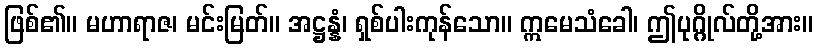
ဖြစ်၏။ မဟာရာဇ၊ မင်းမြတ်။ အဋ္ဌန္နံ၊ ရှစ်ပါးကုန်သော။ ဣမေသံခေါ၊ ဤပုဂ္ဂိုလ်တို့အား။